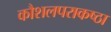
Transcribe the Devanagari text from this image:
कौशलपराकष्ठा